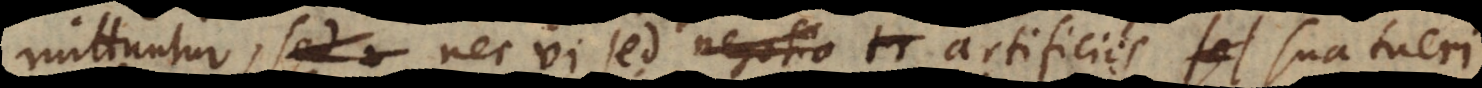
mittuntur, nec vi sed negotio artificiis sua tueri